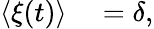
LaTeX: \begin{array}{rl}{\langle\xi(t)\rangle}&{{}=\delta,}\end{array}